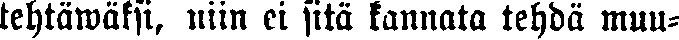
tehtäwäksi, niin ei sitä kannata tehdä muu-